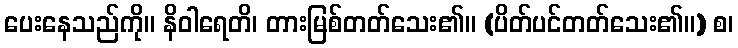
ပေးနေသည်ကို။ နိဝါရေတိ၊ တားမြစ်တတ်သေး၏။ (ပိတ်ပင်တတ်သေး၏။) စ၊